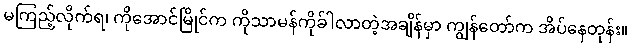
မကြည့်လိုက်ရ၊ ကိုအောင်မြိုင်က ကိုသာမန်ကိုခ်ါလာတဲ့အချိန်မှာ ကျွန်တော်က အိပ်နေတုန်း။